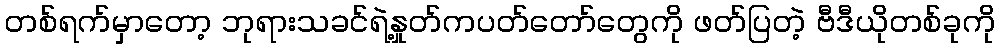
တစ်ရက်မှာတော့ ဘုရားသခင်ရဲ့နှုတ်ကပတ်တော်တွေကို ဖတ်ပြတဲ့ ဗီဒီယိုတစ်ခုကို